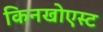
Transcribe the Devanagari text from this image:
किनखोएस्ट